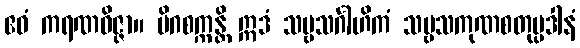
ဧဝံ ကရဏဝိဇ္ဇာ။ မိဂစက္ကန္တိ ဣဒံ သဗ္ဗသင်္ဂါဟိကံ သဗ္ဗသကုဏစတုပ္ပဒါနံ